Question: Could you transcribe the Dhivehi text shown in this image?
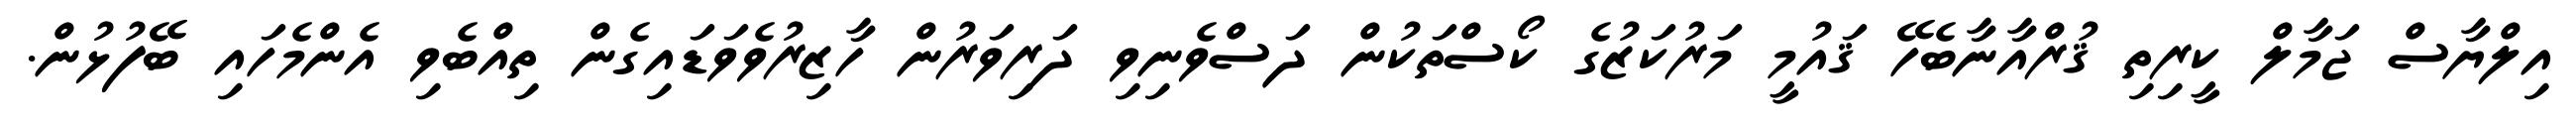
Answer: އިލްޔާސް ޖަމާލް ކީރިތި ޤުރްއާނާބެހޭ ޤައުމީ މަރުކަޒުގެ ކޯސްތަކުން ދަސްވެނިވި ދަރިވަރުން ހާޒިރުވެވަޑައިގެން ތިއްބެވި އެންމެހައި ބޭފުޅުން.